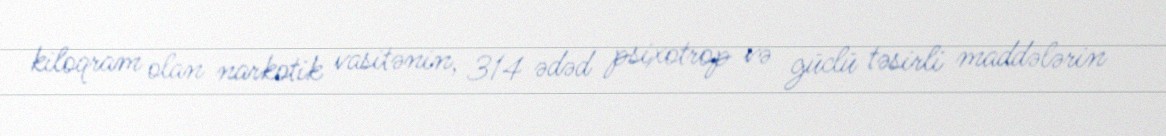
kiloqram olan narkotik vasitənin, 314 ədəd psixotrop və güclü təsirli maddələrin